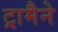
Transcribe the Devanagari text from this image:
ट्रामैने